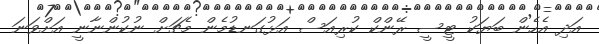
އަދި އެހެން ބަޔަކު ޓީސީ ރޭންކް ކުރިއަސް އަޅުގަނޑުމެން މެޗަށް ނުކުންނާނީ އަށްވަނަ